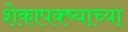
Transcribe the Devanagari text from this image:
शेकापक्ष्याच्या